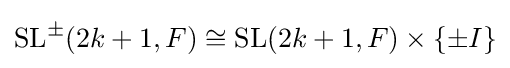
\operatorname {SL} ^{\pm }(2k+1,F)\cong \operatorname {SL} (2k+1,F)\times \{\pm I\}